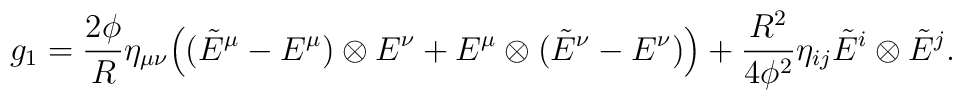
g_1=\frac{2\phi}{R}\eta_{\mu\nu}\Big( (\tilde E^{\mu}-E^\mu)\otimes  E^\nu+E^\mu\otimes(\tilde E^\nu-E^\nu)\Big)+\frac{R^2}{4\phi^2}\eta_{ij}\tilde E^i\otimes\tilde E^{j}.